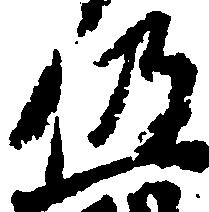
仍